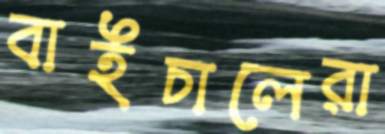
বাইচালেরা